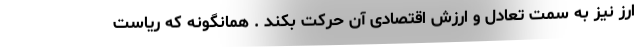
ارز نیز به سمت تعادل و ارزش اقتصادی آن حرکت بکند . همانگونه که ریاست